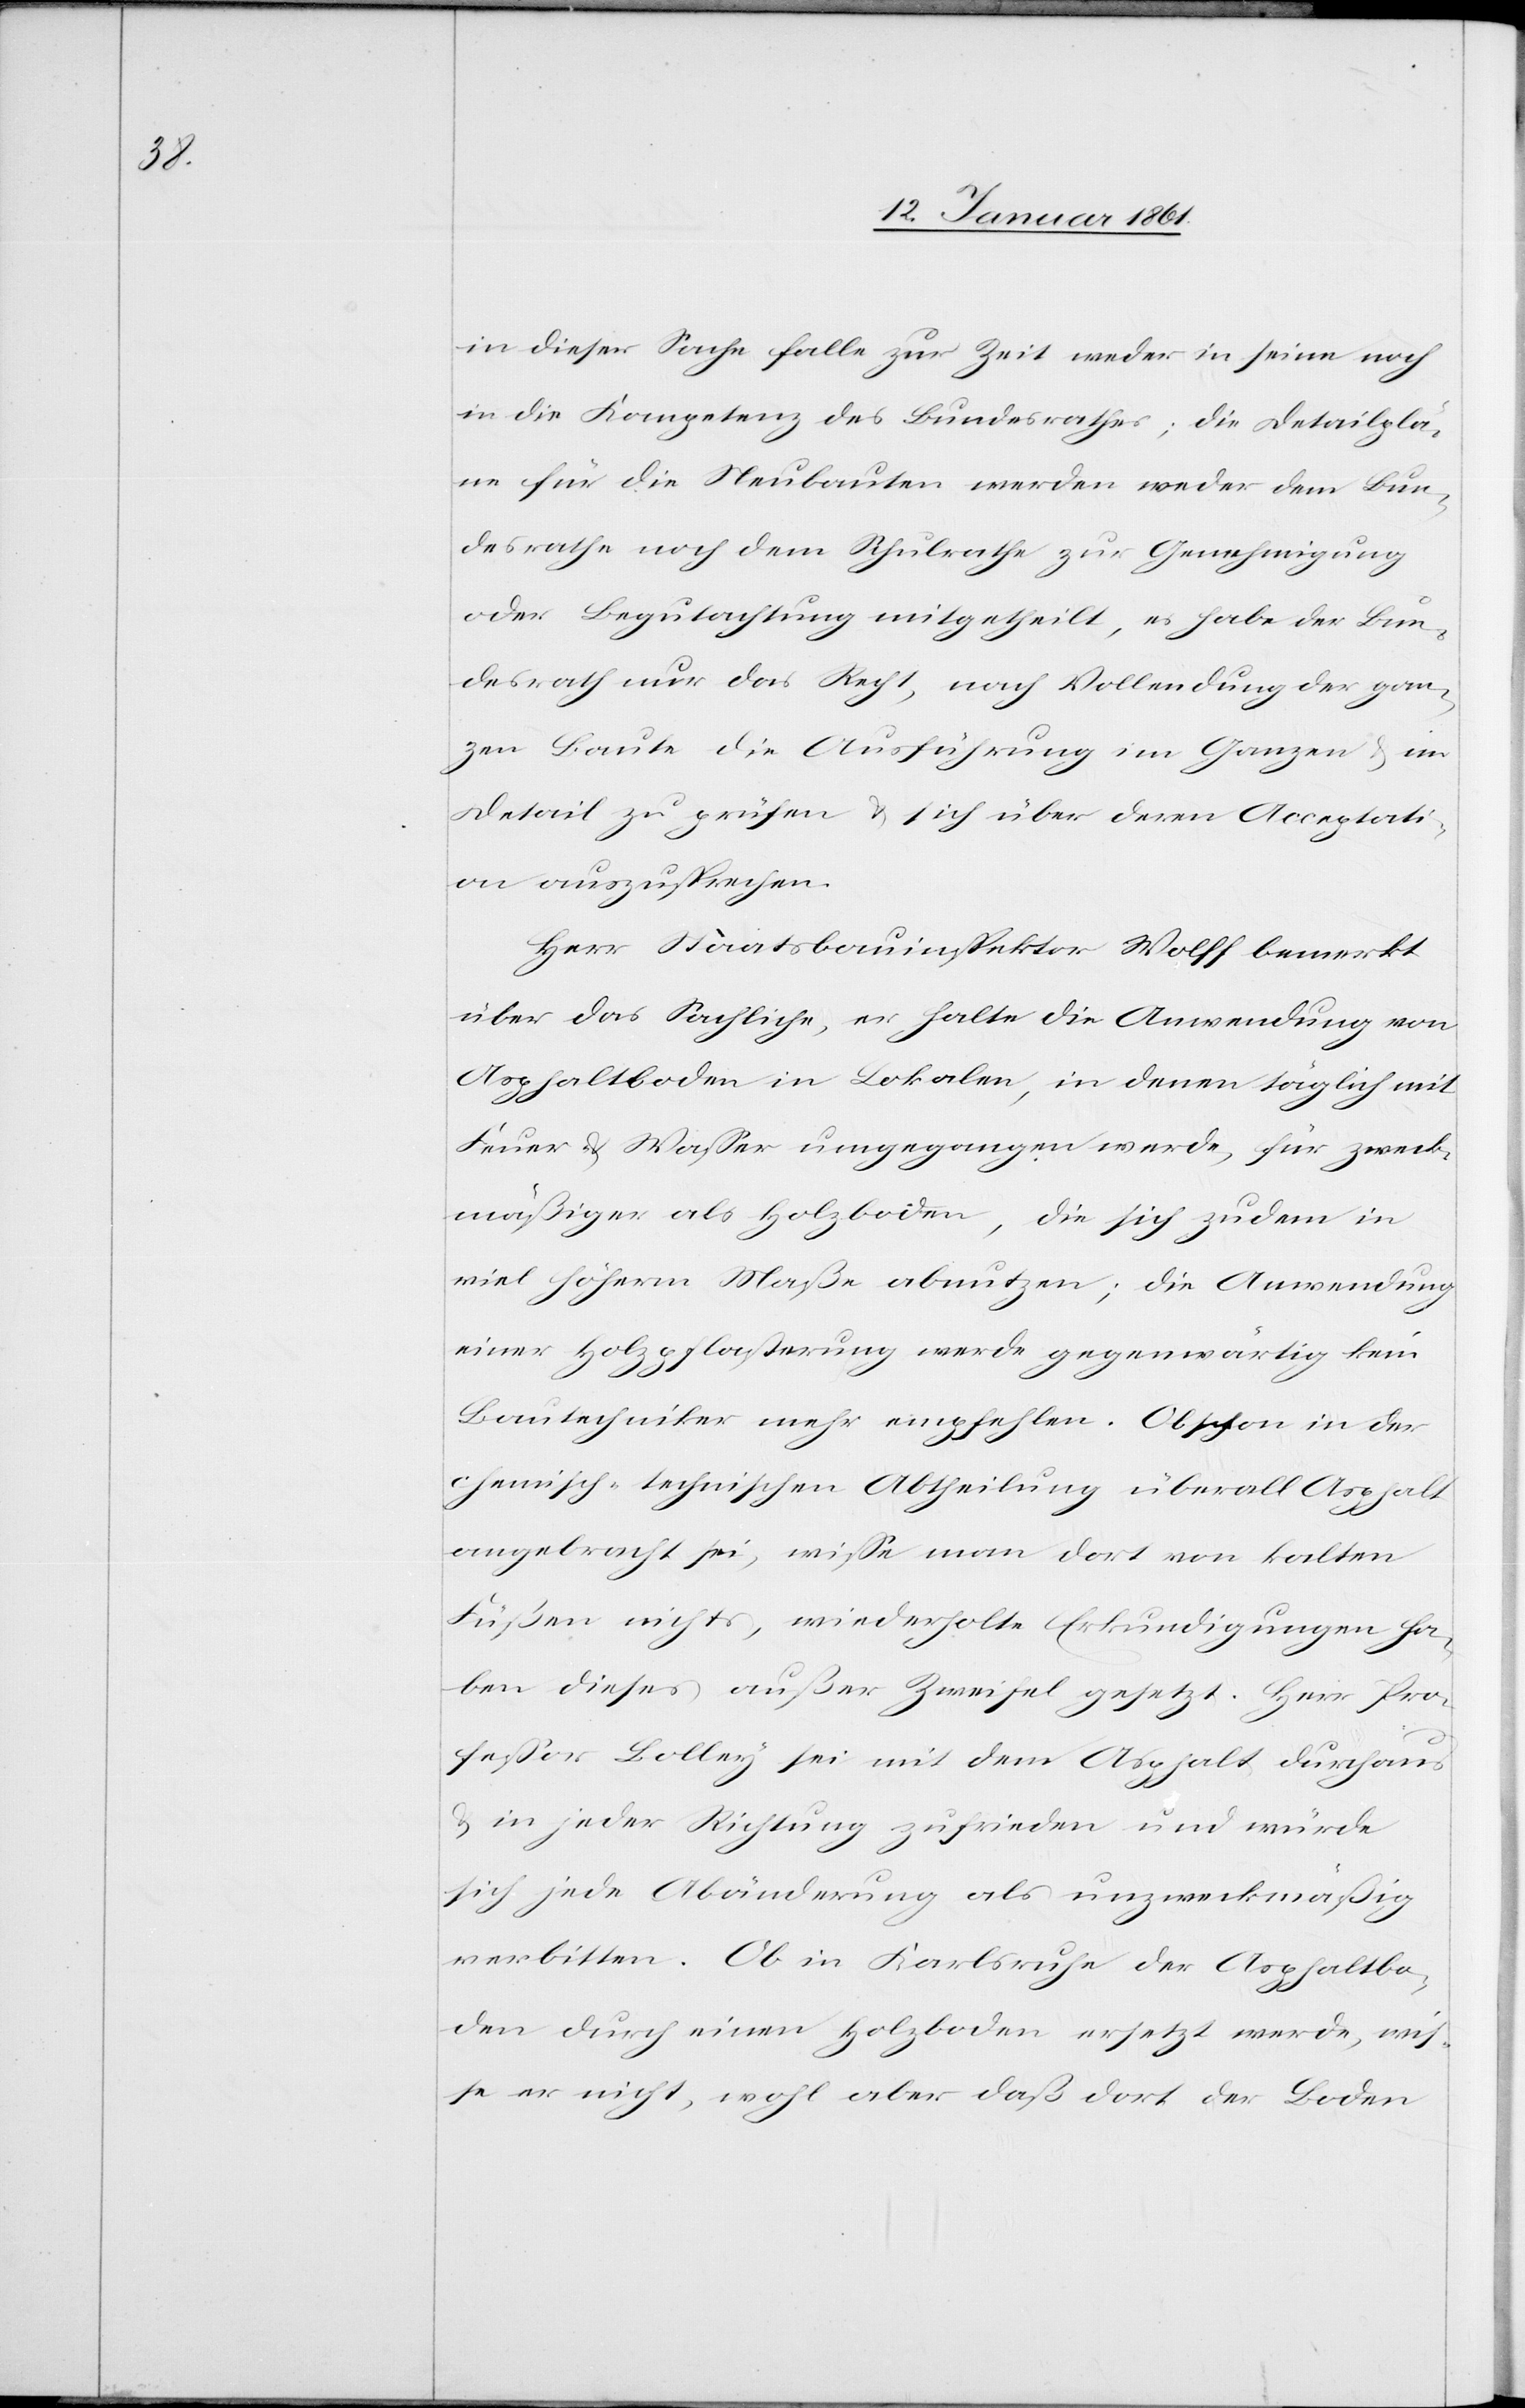
in dieser Sache falle zur Zeit weder in seinen noch
in die Kompetenz des Bundesrathes; die Detailplä¬
ne für die Neubauten werden weder dem Bun¬
desrathes noch dem Schulrathe zur Genehmigung
oder Begutachtung mitgetheilt, es habe der Bun¬
desrath nur das Recht, nach Vollendung der gan¬
zen Baute die Ausführung im Ganzen u. im
Detail zu prüfen u. sich über deren Acceptati¬
on auszusprechen.
Herr Staatsbauinspektor Wolff bemerkt
über das Sachliche, er halte die Anwendung von
Asphaltboden in Lokalen, in denen täglich mit
Feuer u. Wasser umgegangen werde, für zweck¬
mäßiger als Holzboden, die sich zudem in
viel höherm Maße abnutzen; die Anwendung
einer Holzpflasterung werde gegenwärtig kein
Bautechniker mehr empfehlen. Obschon in der
chemisch-technischen Abtheilung überall Asphalt
angebracht sei, wisse man dort von kalten
Füßen nichts, wiederholte Erkundigungen ha¬
ben dieses außer Zweifel gesetzt. Herr Pro¬
fessor Bolley sei mit dem Asphalt durchaus
u. in jeder Richtung zufrieden und würde
sich jede Abänderung als unzweckmäßig
verbitten. Ob in Karlsruhe der Asphaltbo¬
den durch einen Holzboden ersetzt werde, wis¬
se er nicht, wohl aber daß dort der Boden